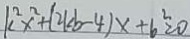
k ^ { 2 } x ^ { 2 } + ( 2 k b - 4 ) x + 6 ^ { 2 } = 0